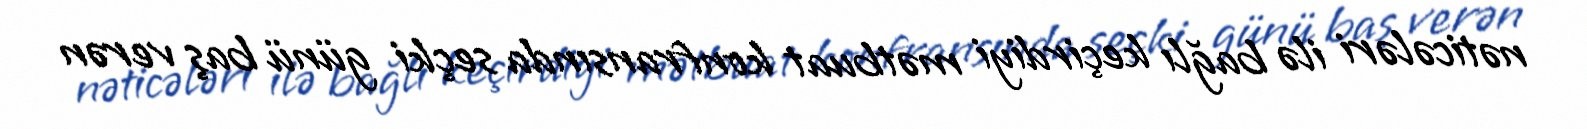
nəticələri ilə bağlı keçirdiyi mətbuat konfransında seçki günü baş verən